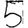
Digit: 5